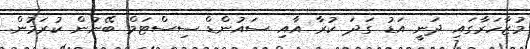
މުޒާހަރާގައި ދަނީ އަޑު ގަދަ ކުރާ އާއި ސައުންޑް ސިސްޓަމް ބޭނުން ކުރަމުން.